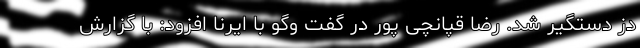
دز دستگیر شد. رضا قپانچی پور در گفت وگو با ایرنا افزود: با گزارش